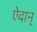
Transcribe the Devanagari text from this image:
ऐदान्